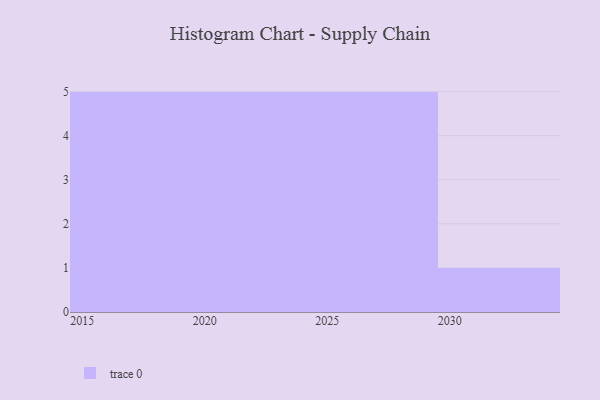
{"axis": {"x": "Year", "y": "Humidity (%)"}, "legend": [""], "data": [{"x": "2030", "y": 72, "type": ""}, {"x": "2023", "y": 97, "type": ""}, {"x": "2021", "y": 8, "type": ""}, {"x": "2026", "y": 21, "type": ""}, {"x": "2016", "y": 47, "type": ""}, {"x": "2025", "y": 90, "type": ""}, {"x": "2028", "y": 67, "type": ""}, {"x": "2022", "y": 68, "type": ""}, {"x": "2015", "y": 84, "type": ""}, {"x": "2018", "y": 43, "type": ""}, {"x": "2029", "y": 24, "type": ""}, {"x": "2017", "y": 40, "type": ""}, {"x": "2019", "y": 16, "type": ""}, {"x": "2027", "y": 39, "type": ""}, {"x": "2024", "y": 42, "type": ""}, {"x": "2020", "y": 19, "type": ""}]}